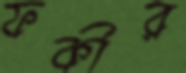
ফকীর